Vaccination in Bombay 1913-1923 - 1913-1923
Year: 1913
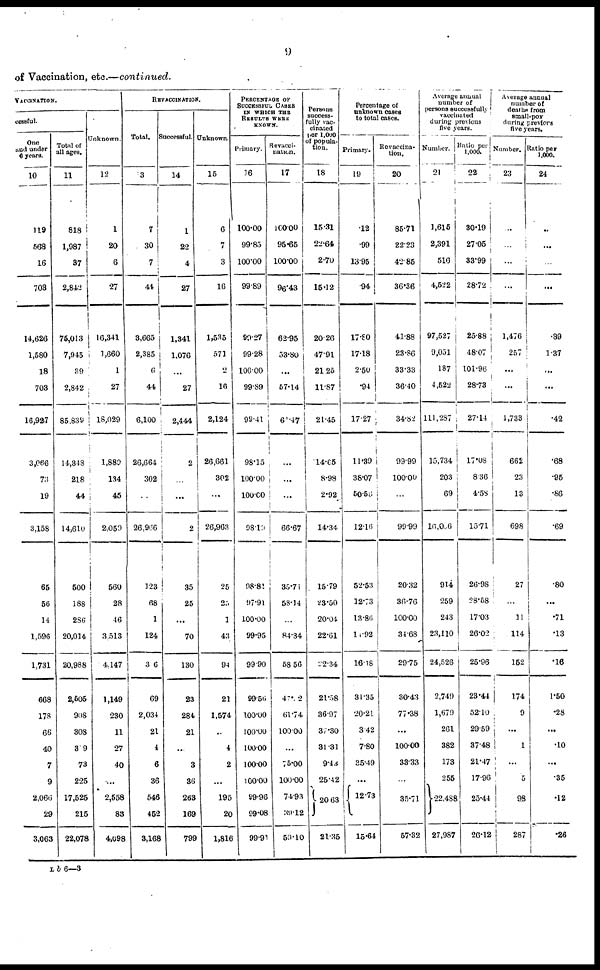
9
of Vaccination, etc.—continued.
VACCINATION.
cessful.
One
and under
6 years.
10
119
568
16
703
14,626
1,580
18
703
16,927
3,066
73
19
3,158
65
56
14
1,596
1,731
668
178
66
40
7
9
2,066
29
3,063
Total of
all ages.
11
818
1,987
37
2,842
75,013
7,945
39
2,842
85,839
14,348
218
44
14,610
500
188
286
20,014
20,988
2,505
908
308
319
73
225
17,525
215
22,078
Unknown.
12
1
20
6
27
16,341
1,660
1
27
18,029
1,880
134
45
2,059
560
28
46
3,513
4,147
1,149
230
11
27
40
...
2,558
83
4,698
REVACCINATION.
Total.
13
7
30
7
44
3,665
2,385
6
44
6,100
26,664
302
...
26,966
123
68
1
124
3 6
69
2,034
21
4
6
36
546
452
3,168
Successful.
14
1
22
4
27
1,341
1,076
...
27
2,444
2
...
...
2
35
25
...
70
130
23
284
21
...
3
36
263
169
799
Unknown.
15
6
7
3
16
1,535
571
2
16
2,124
26,661
302
...
26,963
25
25
1
43
94
21
1,574
..
4
2
...
195
20
1,816
PERCENTAGE OF
SUCCESSFUL CASES
IN WHICH THE
RESULTS WERE
KNOWN.
Primary.
16
100.00
99.85
100.00
99.89
99.27
99.28
100.00
99.89
99.41
98.15
100.00
100.00
98.19
98.81
97.91
100.00
99.95
99.90
99.56
100.00
100.00
100.00
100.00
100.00
99.96
99.08
99.91
Re vacci-
nation.
17
100.00
95.65
100.00
96.43
62.95
53.80
...
57.14
61.47
...
...
...
66.67
35.71
58.14
...
84.34
58.56
47.12
61.74
100.00
...
75.00
100.00
74.93
39.12
59.10
Persons
success-
fully vac-
cinated
per 1,000
of popula-
tion.
18
15.31
22.64
2.70
15.12
20.26
47.91
21.25
11.87
21.45
14.65
8.98
2.92
14.34
15.79
23.50
20.04
22.61
22.34
21.58
36.97
37.30
31.31
9.43
25.42
20.63
21.35
Percentage of
unknown cases
to total cases.
Primary.
19
.12
.99
13.95
.94
17.80
17.18
2.50
.94
17.27
11.39
38.07
50.56
12.16
52.53
12.73
13.86
14.92
16.18
31.35
20.21
3.42
7.80
35.49
...
12.73
15.64
Revaccina-
tion.
20
85.71
22.23
42.85
36.36
41.88
23.86
33.33
36.40
34.82
99.99
100.00
...
99.99
20.32
36.76
100.00
34.68
29.75
30.43
77.38
...
100.00
33.33
...
35.71
57.32
Average annual
number of
persons successfully
vaccinated
during previous
five years.
Number.
21
1,615
2,391
516
4,522
97,527
9,051
187
4,522
111,287
15,734
203
69
16,066
914
259
243
23,110
24,526
2,749
1,679
261
382
173
255
22,488
27,987
Ratio per
1,000.
22
30.19
27.05
33.99
28.72
25.88
48.07
101.96
28.73
27.14
17.08
8.36
4.58
15.71
26.98
28.58
17.03
26.02
25.96
23.44
52.10
29.59
37.48
21.47
17.96
25.44
26.12
Average annual
number of
deaths from
small-pox
during previous
Number.
23
...
...
...
...
1,476
257
...
...
1,733
662
23
13
698
27
...
31
114
152
174
9
...
1
...
5
98
287
Ratio per
1,000.
24
...
...
...
...
.39
1.37
...
...
.42
.68
.95
.86
.69
.80
...
.71
.13
.16
1.50
.28
...
.10
...
.35
.12
.26
L b 6—3